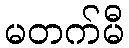
မတက်မီ